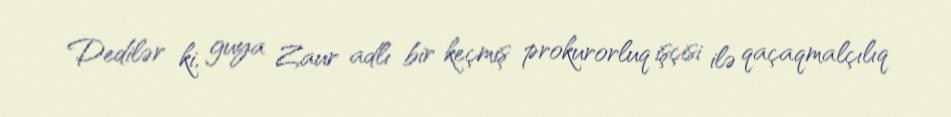
Dedilər ki, guya Zaur adlı bir keçmiş prokurorluq işçisi ilə qaçaqmalçılıq